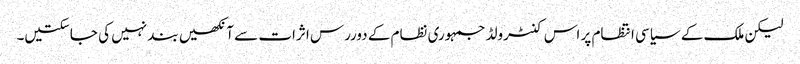
لیکن ملک کے سیاسی انتظام پر اس کنٹرولڈ جمہوری نظام کے دوررس اثرات سے آنکھیں بند نہیں کی جاسکتیں۔